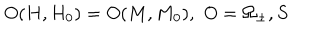
O ( H , H _ { 0 } ) = O ( M , M _ { 0 } ) , \, \, O = \Omega _ { \pm } , S